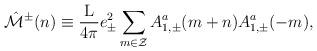
LaTeX: \begin{align*}\hat{\cal M}^{\pm}(n) \equiv \frac{\rm L}{4\pi} e_{\pm}^2\sum_{m \in \cal Z} A_{1,\pm}^a(m+n) A_{1,\pm}^a(-m),\end{align*}